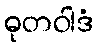
ဓုတဝါဒံ